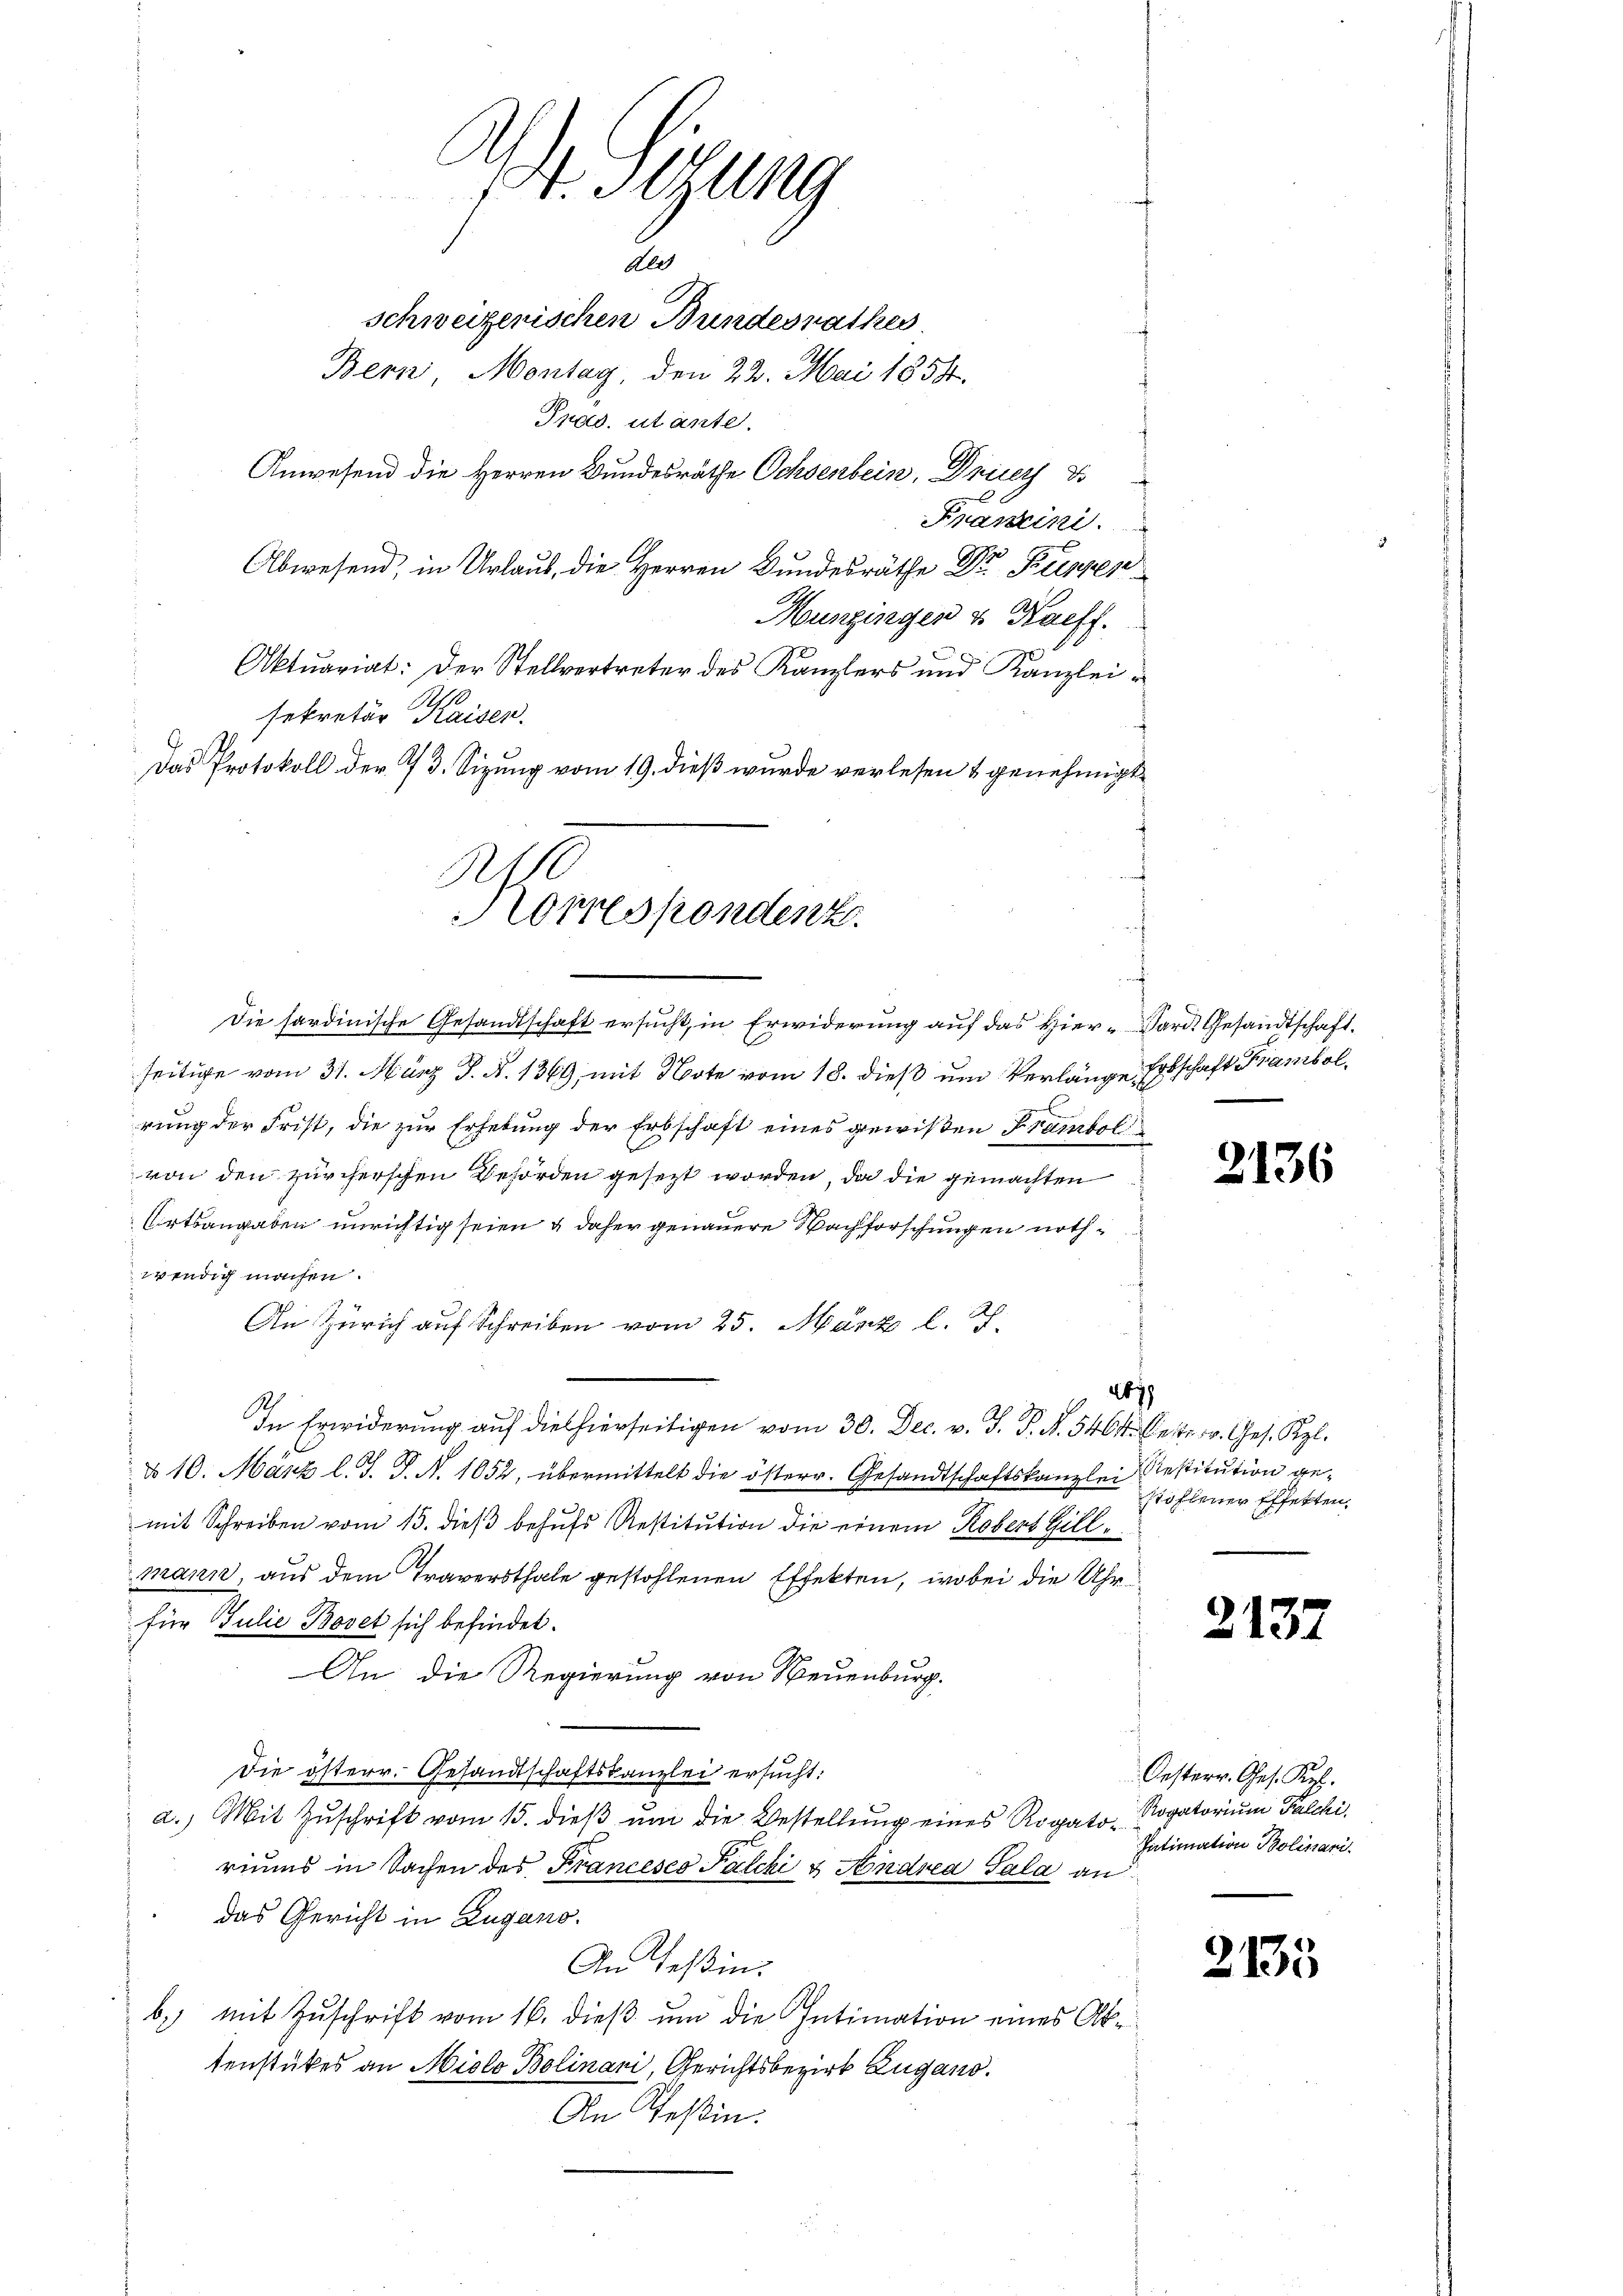
t. Stung
Ale
schweizerischen Bundesrathes
Bern Montag, den 22. Mai 1854.
Pras. utante.
Anwesend die Herren Bundesräthe Ochsenbein, Druck
Abwesend, in Urlaub, die Herren Bundesräthe Dr. Kuppen

Korrespondenz.

Francini.
Hünginger u Kaeff.
Aktuariat: Der Stellvertreter des Kanzlers und Kanzlei-
sekretär Kaisen.
Das Protokoll der 73. Sizung vom 19. dieß wurde verlesen & genehmigt

Die hardinische Gesandtschaft ersucht, in Erwiderung auf das Hier-Gard. Gesandtschaft.
seitige vom 31. März d. d. 1369, mit Note vom 18. dieß um Verlänge Erbschaft Kramisol
rung der Frist, die zur Erhebung der Erbschaft eines gewißen Krambol
von den zürcherschen Behörden gesezt worden, da die gemachten
Ortsangaben unrichtig seien & daher genauere Nachforschungen nothwendig machen.
An Zürich auf Schreiben vom 25. März l. J.
In Erwiderung auf die hierseitigen vom 30. Dec. v. J. P. N. 5464. Cetter. Ges. Kgl.
No 10. März l. J. P. N. 1052, übermittelt die österr. Gesandtschaftskanzlei Restitution gemit Schreiben vom 15. dieß behufs Restitution die einem Kobers Gillmann, aus dem Traversthale gestohlenen Effekten, wobei die Uhrfür Julie Bovet sich befindet.
An die Regierung von Neuenburg.
Die österr. Gesandtschaftskanzlei ersucht:
a.) Mit Zuschrift vom 15. dieß um die Bestellung eines Rogato- Rogatorium Falchi
riums in Sachen des Franceses Falcki & Andrea Pala an
das Gericht in Zugano.
An Teßin.
b.) mit Zuschrift vom 16. dieß um die Intimation eines Aktenstückes an Aislo Bolinari, Gerichtsbezirk Zugano.
An Teßin.

2136

2671
stohlener Effekten.

2137

Oesterr. Ges. Kr.
Intimation Bolinari.

2135